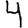
Digit: 4